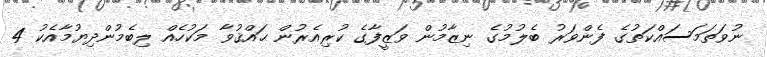
ނުވަތަމަސައްކަތުގެ ފެންވަރު ބެލުމުގެ ނިޒާމުން ވަޒީފާގެ ކުރިއެރުން ޙައްޤުވާ މަކުހެއް ލިބެމުންދިޔުމާއެކު 4